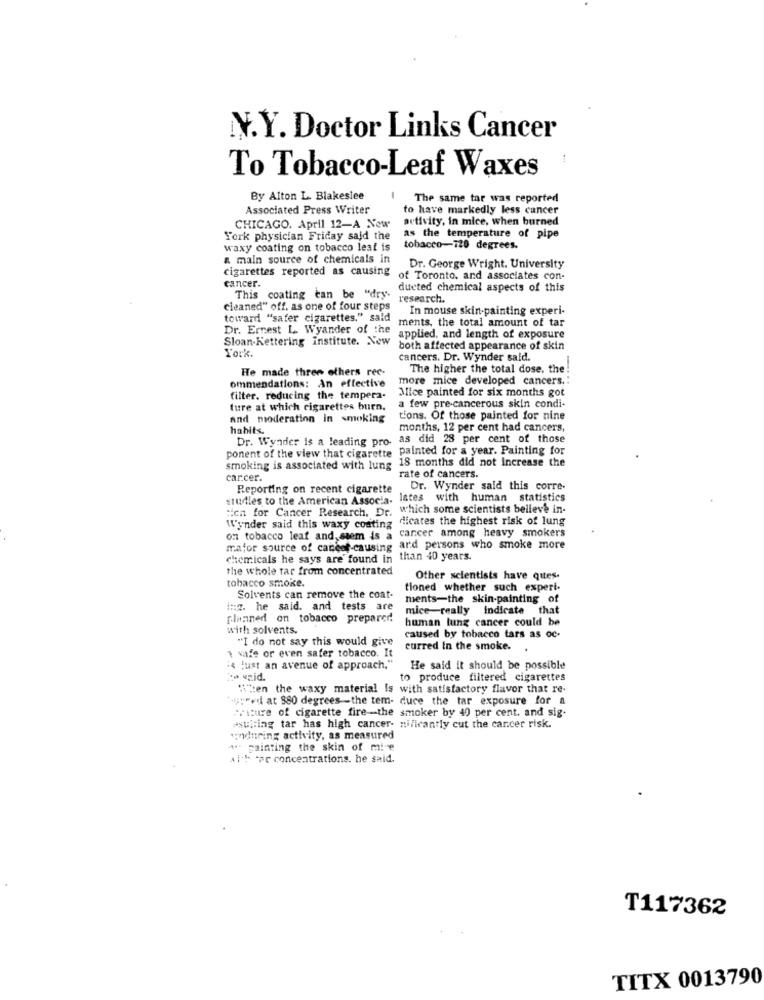
N.Y. Doctor Links Cancer
To Tobacco-Leaf Waxes
By Alton L. Blakeslee
The same tar was reported
Associated Press Writer
to have markedly less cancer
activity, in mice, when burned
CHICAGO. April 12-A New
York physician Friday said the
as the temperature of pipe
waxy coating on tobacco leaf is
tobacco-120 degrees.
a main source of chemicals in
cigarettes reported as causing
Dr. George Wright. University
of Toronto, and associates con-
cancer.
ducted chemical aspects of this
This coating can be "dry.
research.
cleaned" off. as one of four steps
In mouse skin-painting experi-
toward "safer cigarettes," said
ments, the total amount of tar
Dr. Ernest L. Wyander of the
Sloan Kettering institute. New
applied, and length of exposure
York.
both affected appearance of skin
cancers. Dr. Wynder said.
He made three others rec-
The higher the total dose. the
ommendations: An effective
more mice developed cancers .:
Mice painted for six months got
filter, reducing the tempera-
ture at which cigarettes burn.
a few pre-cancerous skin condi-
and moderation in smoking
tions. Of those painted for nine
habits.
months, 12 per cent had cancers,
Dr. Wynder is a leading pro, as did 28 per cent of those
ponent of the view that cigarette painted for a year. Painting for
18 months did not Increase the
smoking is associated with lung
car.cer.
rate of cancers.
Reporting on recent cigarette
Dr. Wynder said this corre-
studies to the American Associa-
Istes with human statistics
:ich for Cancer Research, Dr. which some scientists believe in-
Wunder said this waxy coating ficates the highest risk of lung
cancer among heavy smokers
on tobacco leaf and, saem is a
mafor source of cancer-causing ard persons who smoke more
chemicals he says are found in than 40 years.
the whole tar from concentrated
tobacco smoke.
Other scientists have qites.
tioned whether such experi.
Solvents can remove the coat-
ments-the skin-painting of
:: z. he said. and tests are
mice really indicate that
planned on tobacco prepared
human lung cancer could be
with solvents.
"I do not say this would give
caused by tobacco tars as oc-
1 safe or even safer tobacco. It
curred In the smoke.
.
"4 lust an avenue of approach."
He said it should be possible
to vid.
to produce filtered cigarettes
When the waxy material Is with satisfactory flavor that re-
toured at 880 degrees -the tem- duce the tar exposure for a
"sicure of cigarette fire -- the smoker by 40 per cent. and sig.
esting tar has high cancer- nificantly cut the cancer risk.
woduring activity, as measured
A painting the skin of mice
Ai ! "er concentrations. he said.
T117362
TITX 0013790